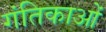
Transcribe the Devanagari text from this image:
गंतिकाओं